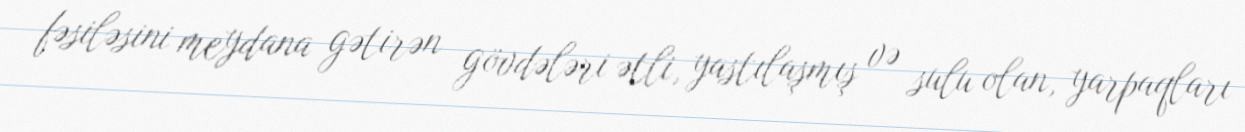
fəsiləsini meydana gətirən gövdələri ətli, yastılaşmış və sulu olan, yarpaqları